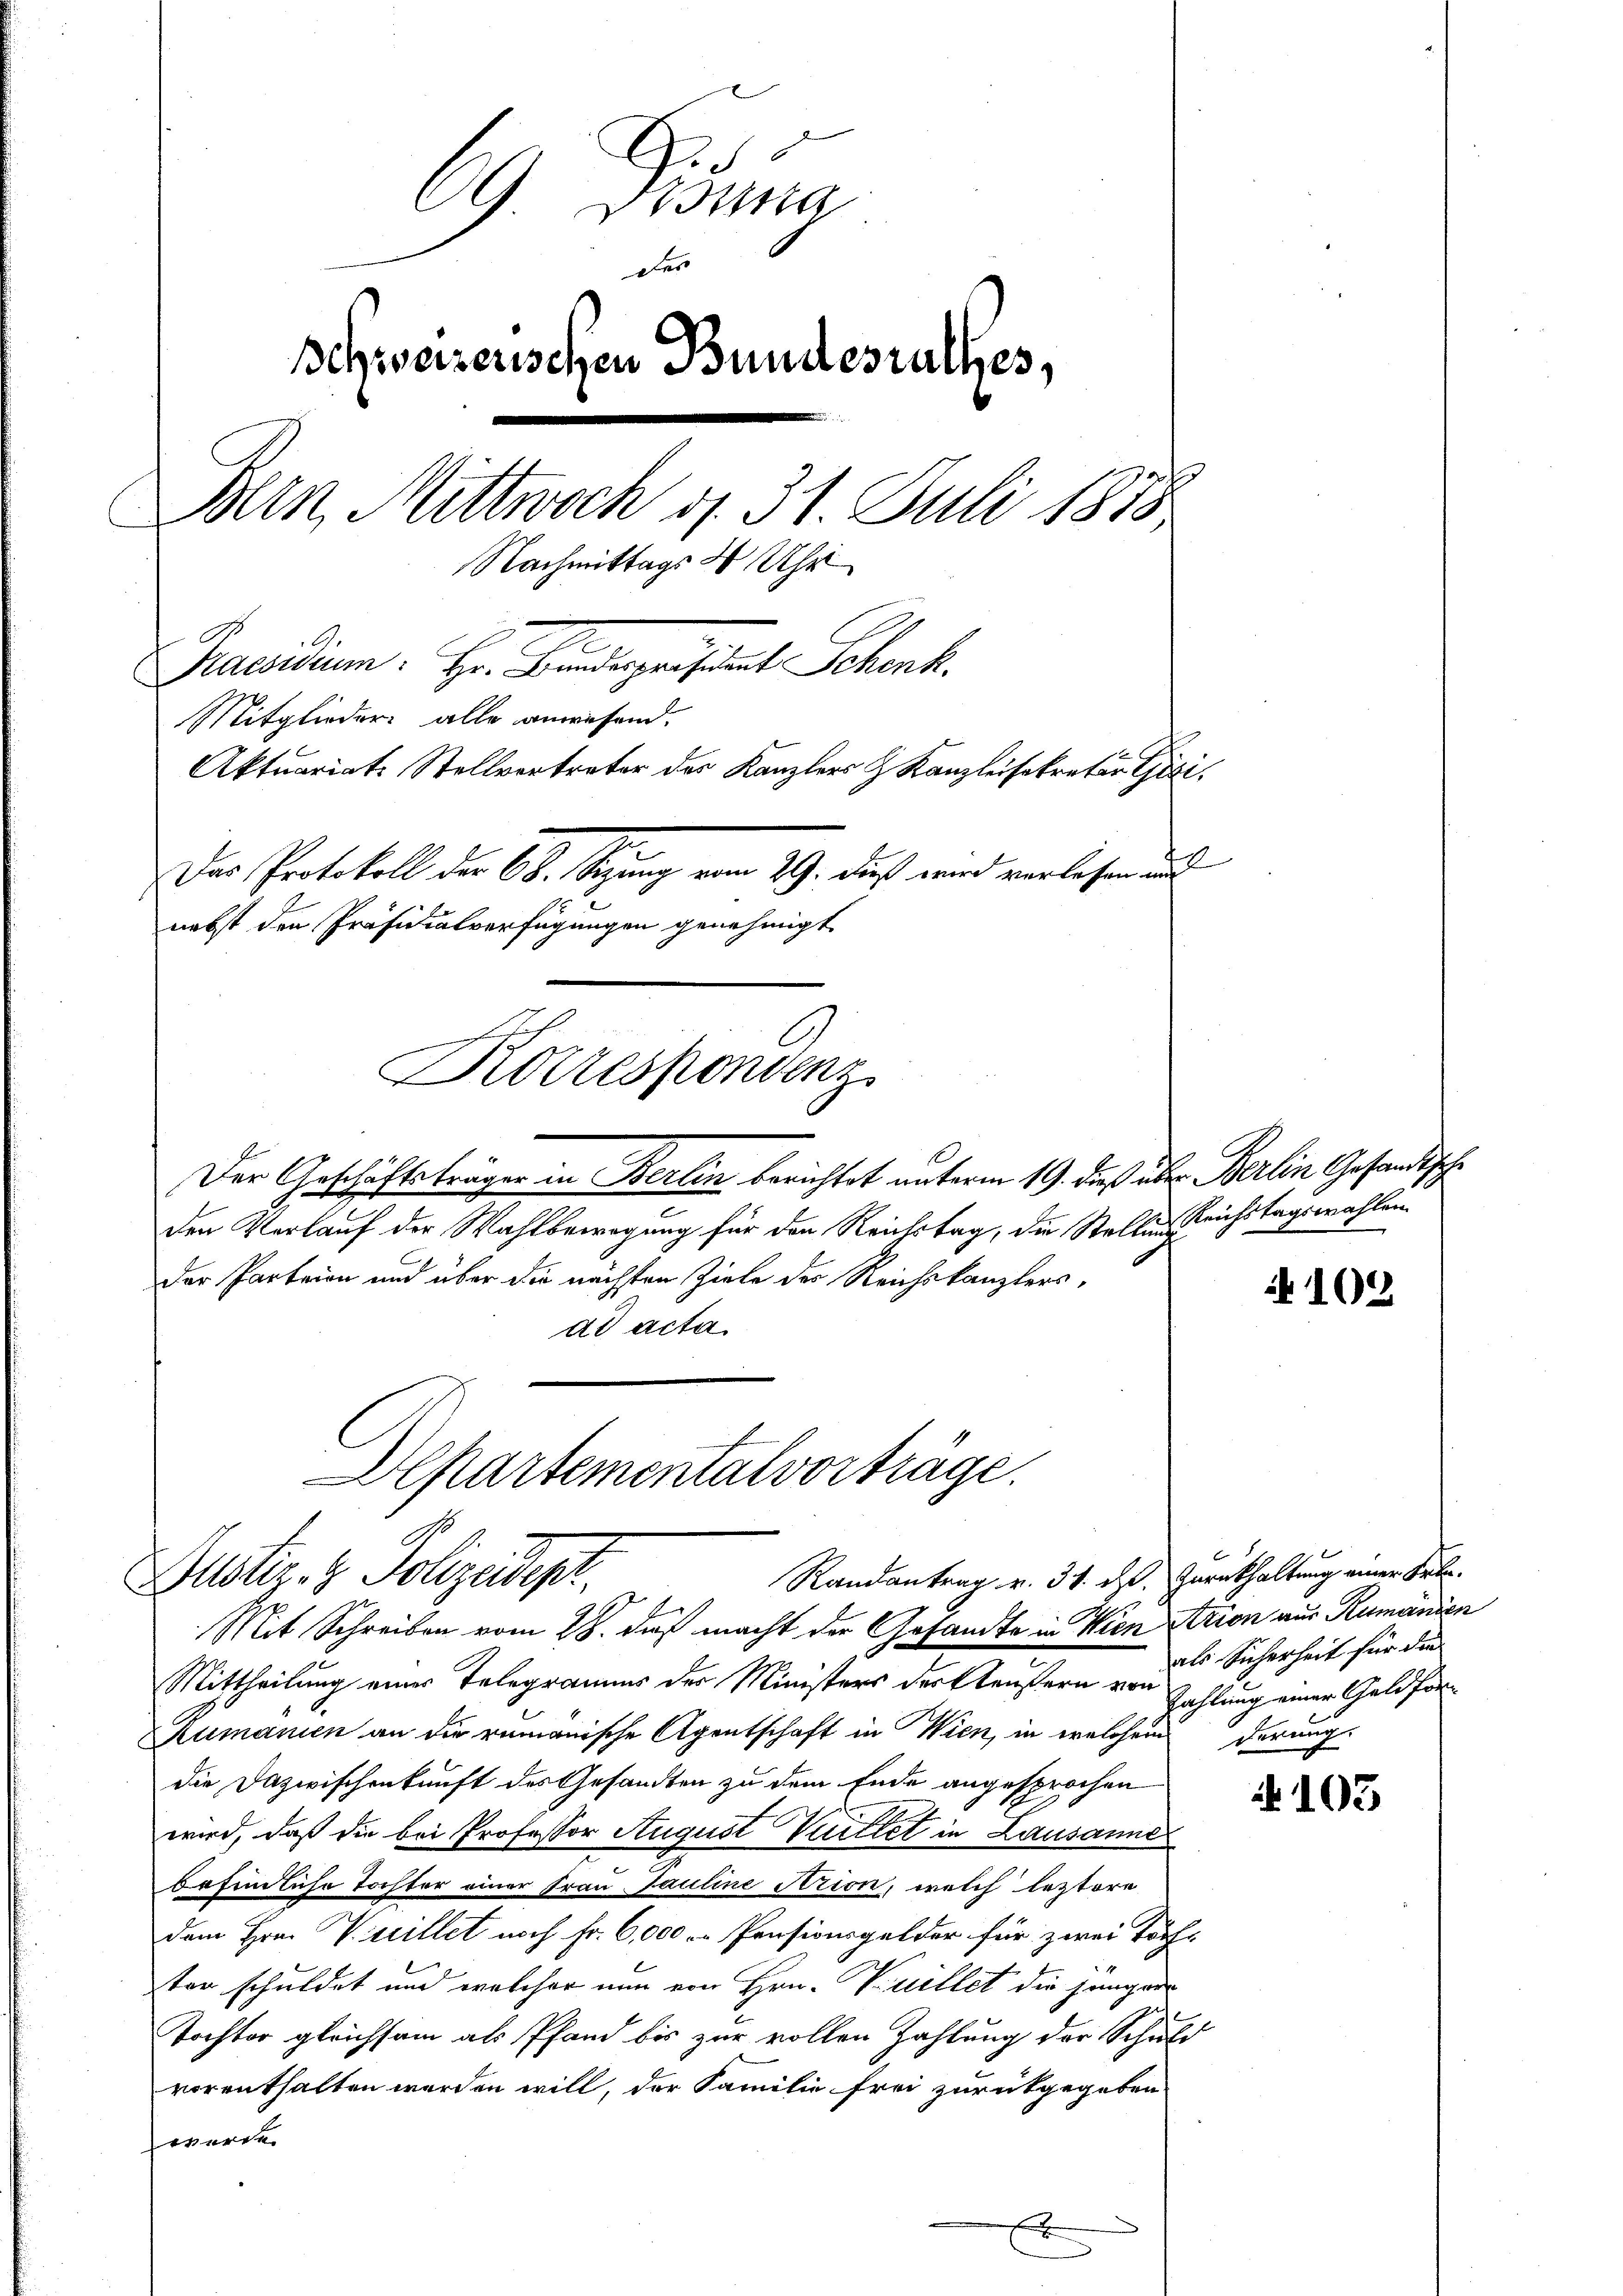
25
09 Bossa
Der
Schweizerischen Bundesrathes,
Bern, Mittwoch d. 31. Juli 1878
Nachmittags 4 Uhr
residium. Hr. Bandespanistrat Schenk
Mitglieder alle anwesend,
Aktuariat Stellvertreter des Kanzlers & Kanzleisekretär Gisi,
Das Protokoll der 608. Sigung vom 29. Daß wird verlesen aus
nebst den Präsidialverfügungen genehmigt.
Korrespondenz

Der Geschäftsträger in Berlin berichtet unterm 19. dieß über Berlin Gesandtsche
den Verlauf der Wahlbewegung für den Reichstag, die Stellung
der Parteien und über die nächsten Ziele der Reichskanzlersad acta

Departementalvorträge.
Randantrag v. 31. d. Zurückhaltung einer Frl.
Gustiz- & Polizeidepr
Mit Schreiben vom 28. daß macht der Gesandte in Wien Arion aus Rumänien

Mittheilung einer Telegramms der Ministers der Eleusern von Zahlung einer Geldfor¬
Zumanien an die rumänische Agentschaft in Wien, in welchem derung
die Dazwischenkunft des Gesandten zu dem Ende angesprochen
wird, daß die bei Professor August Trittet in Lausanne
befindliche Tochter einer Frau Pauline Arion, welch leztere
dem Hrn. Villet noch Fr. 6,000 u. Pensionsgelder für zwei Töch-
ten schuldet und welcher nun von Hrn. Kuillet die hängere
Tochter gleichsam als Pfand bis zur vollen Zahlung der Schuld
vorenthalten werden will, der Familie frei zurückgegeben
werde.
x

Reichstagswahlen

102

als Sicherheit für die

No 103